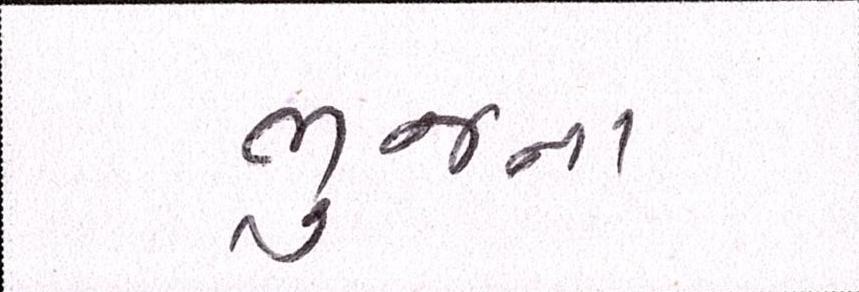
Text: ભુજના